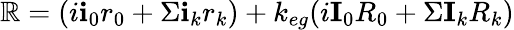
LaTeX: \mathbb{R}=(i\textbf{i}_{0}r_{0}+\Sigma\textbf{i}_{k}r_{k})+k_{eg}(i\textbf{I}_{0}R_{0}+\Sigma\textbf{I}_{k}R_{k})